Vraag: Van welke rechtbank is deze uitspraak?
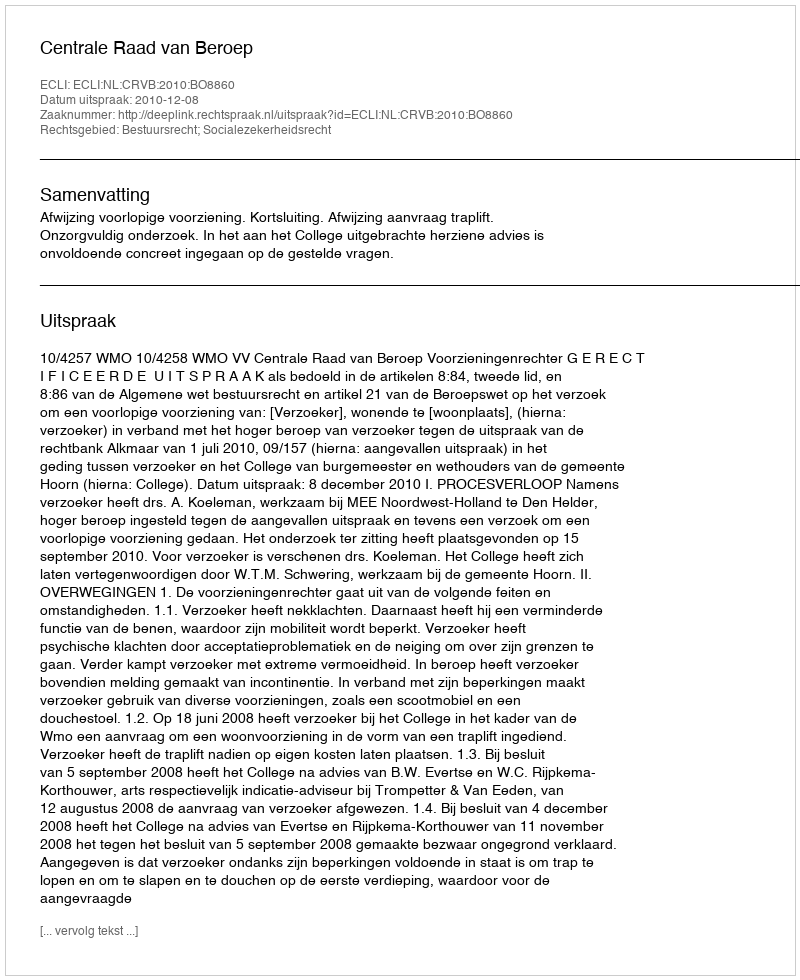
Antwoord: Centrale Raad van Beroep